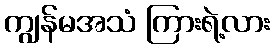
ကျွန်မအသံ ကြားရဲ့လား